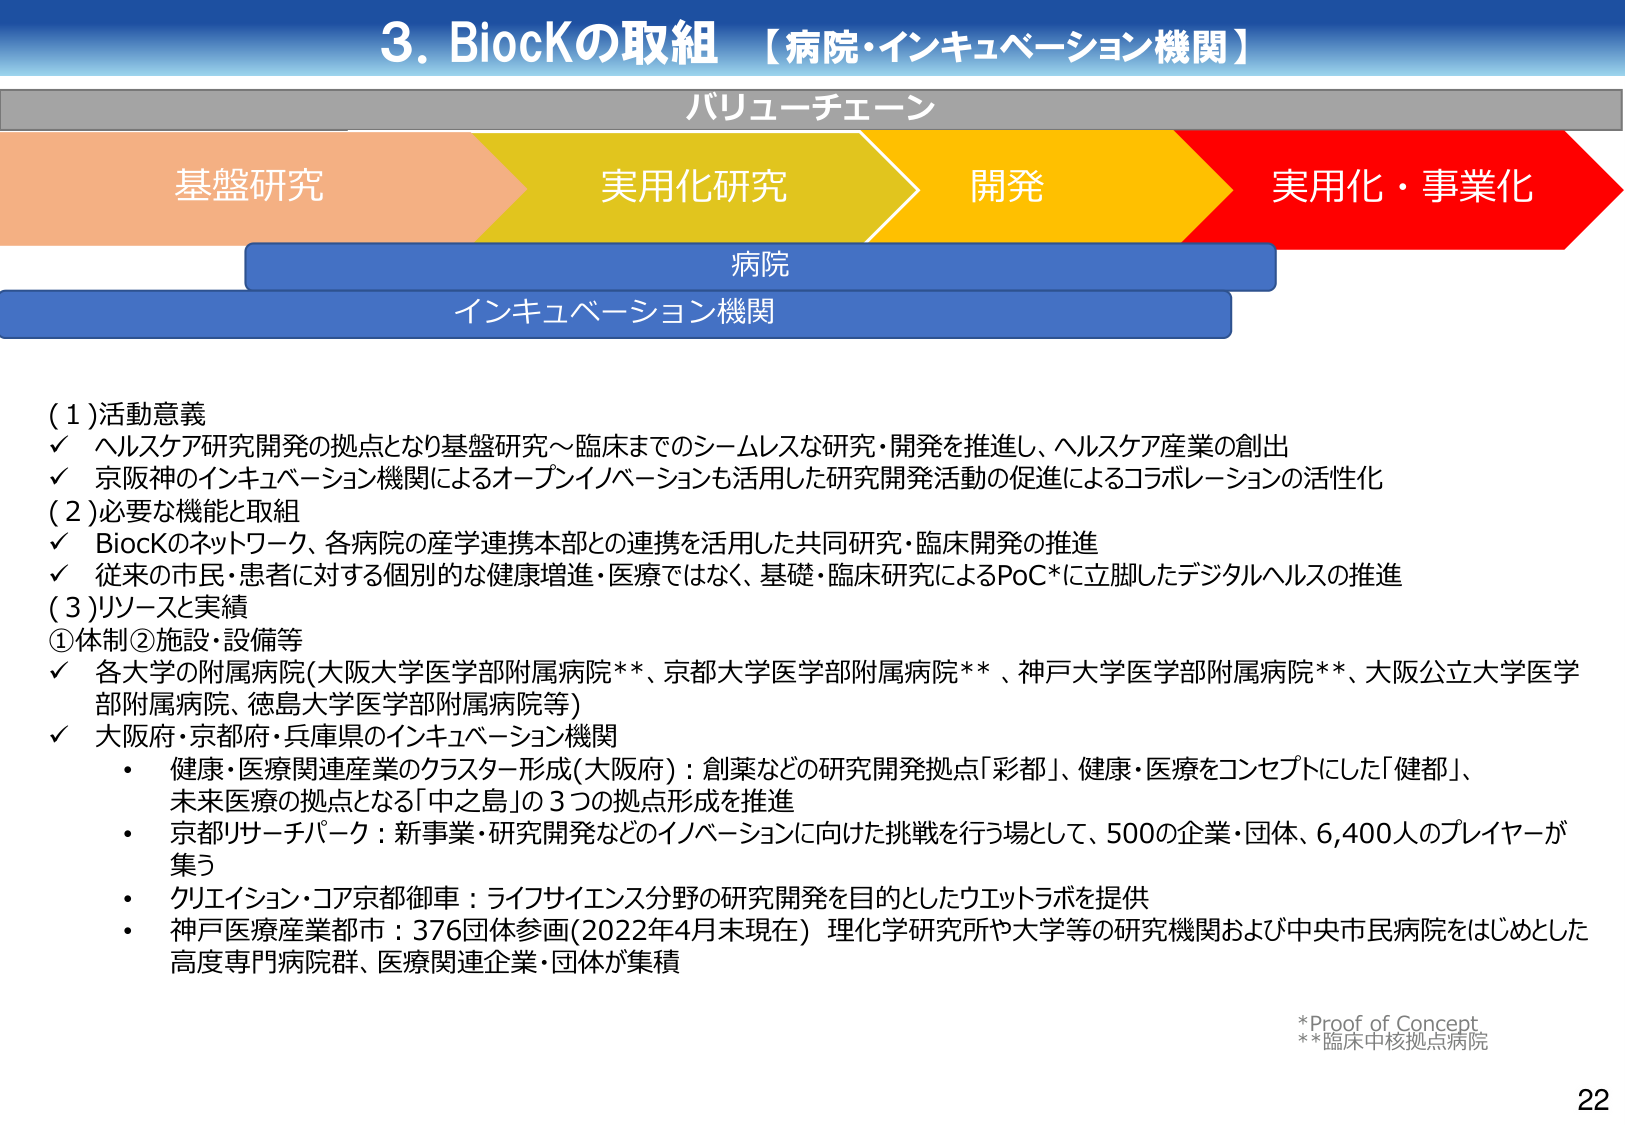
3. BiocKの取組 【病院・インキュベーション機関】

バリューチェーン

基盤研究　→　実用化研究　→　開発　→　実用化・事業化

病院
インキュベーション機関

(1) 活動意義
✓ ヘルスケア研究開発の拠点となり基盤研究～臨床までのシームレスな研究・開発を推進し、ヘルスケア産業の創出
✓ 京阪神のインキュベーション機関によるオープンイノベーションも活用した研究開発活動の促進によるコラボレーションの活性化

(2) 必要な機能と取組
✓ BiocKのネットワーク、各病院の産学連携本部との連携を活用した共同研究・臨床開発の推進
✓ 従来の市民・患者に対する個別的な健康増進・医療ではなく、基礎・臨床研究によるPoC*に立脚したデジタルヘルスの推進

(3) リソースと実績
①体制②施設・設備等
✓ 各大学の附属病院（大阪大学医学部附属病院**、京都大学医学部附属病院**、神戸大学医学部附属病院**、大阪公立大学医学部附属病院、徳島大学医学部附属病院等）
✓ 大阪府・京都府・兵庫県のインキュベーション機関
・ 健康・医療関連産業のクラスター形成（大阪府）：創薬などの研究開発拠点「彩都」、健康・医療をコンセプトにした「健都」、未来医療の拠点となる「中之島」の3つの拠点形成を推進
・ 京都リサーチパーク：新事業・研究開発などのイノベーションに向けた挑戦を行う場として、500の企業・団体、6,400人のプレイヤーが集う
・ クリエイション・コア京都御車：ライフサイエンス分野の研究開発を目的としたウエットラボを提供
・ 神戸医療産業都市：376団体参画（2022年4月末現在）理化学研究所や大学等の研究機関および中央市民病院をはじめとした高度専門病院群、医療関連企業・団体が集積

*Proof of Concept
**臨床中核拠点病院

22